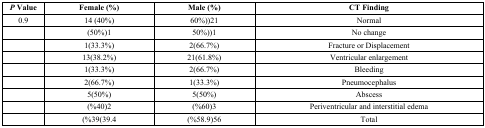
<table><thead><tr><td><b><i>P</i> Value</b></td><td><b>Female (%)</b></td><td><b>Male (%)</b></td><td><b>CT Finding</b></td></tr></thead><tbody><tr><td>0.9</td><td>14 (40%)</td><td>60%))21</td><td>Normal</td></tr><tr><td></td><td>(50%)1</td><td>50%))1</td><td>No change</td></tr><tr><td></td><td>1(33.3%)</td><td>2(66.7%)</td><td>Fracture or Displacement</td></tr><tr><td></td><td>13(38.2%)</td><td>21(61.8%)</td><td>Ventricular enlargement</td></tr><tr><td></td><td>1(33.3%)</td><td>2(66.7%)</td><td>Bleeding</td></tr><tr><td></td><td>2(66.7%)</td><td>1(33.3%)</td><td>Pneumocephalus</td></tr><tr><td></td><td>5(50%)</td><td>5(50%)</td><td>Abscess</td></tr><tr><td></td><td>(%40)2</td><td>(%60)3</td><td>Periventricular and interstitial edema</td></tr><tr><td></td><td>(%39(39.4</td><td>(%58.9)56</td><td>Total</td></tr></tbody></table>